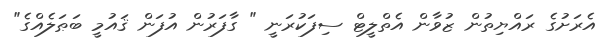
އެރަށުގެ ރައްޔިތުން ޒުވާން އެތްލީޓް ސިފަކުރަނީ " ގާފަރުން އުފަން ޤައުމީ ބަޠަލެއްގެ"